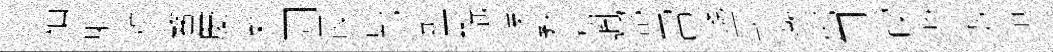
柚射难鳌慶懶罔霞嗇郫聖翫慄瞀槁諷郤雷盞式薇鄼同喫陛劬頌